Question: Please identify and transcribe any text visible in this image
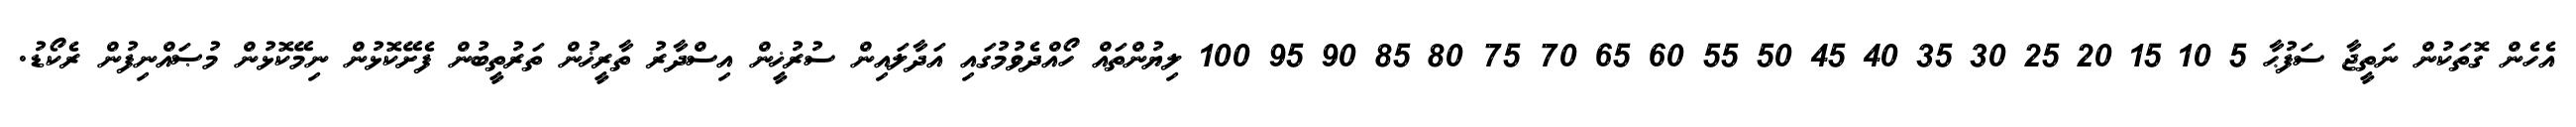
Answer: އެހެން ގޮތަކުން ނަތީޖާ ސަފުޙާ 5 10 15 20 25 30 35 40 45 50 55 60 65 70 75 80 85 90 95 100 ލިޔުންތައް ހޯއްދެވުމުގައި އަދާލައިން ސުރުޚީން އިސްދާރު ތާރީޚުން ތަރުތީބުން ފެށޭކޮޅުން ނިމޭކޮޅުން މުޞައްނިފުން ރެކޯޑު.